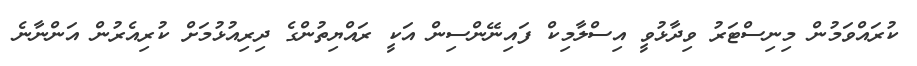
ކުރައްވަމުން މިނިސްޓަރު ވިދާޅުވީ އިސްލާމިކް ފައިނޭންސިން އަކީ ރައްޔިތުންގެ ދިރިއުޅުމަށް ކުރިއެރުން އަންނާނެ